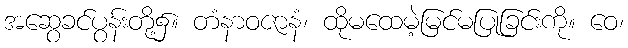
အဆွေခင်ပွန်းတို့၌။ တံနာဝဇာနံ၊ ထိုမထေမဲ့မြင်မပြုခြင်းကို။ ဝေ၊